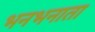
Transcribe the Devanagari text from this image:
भनभनाता